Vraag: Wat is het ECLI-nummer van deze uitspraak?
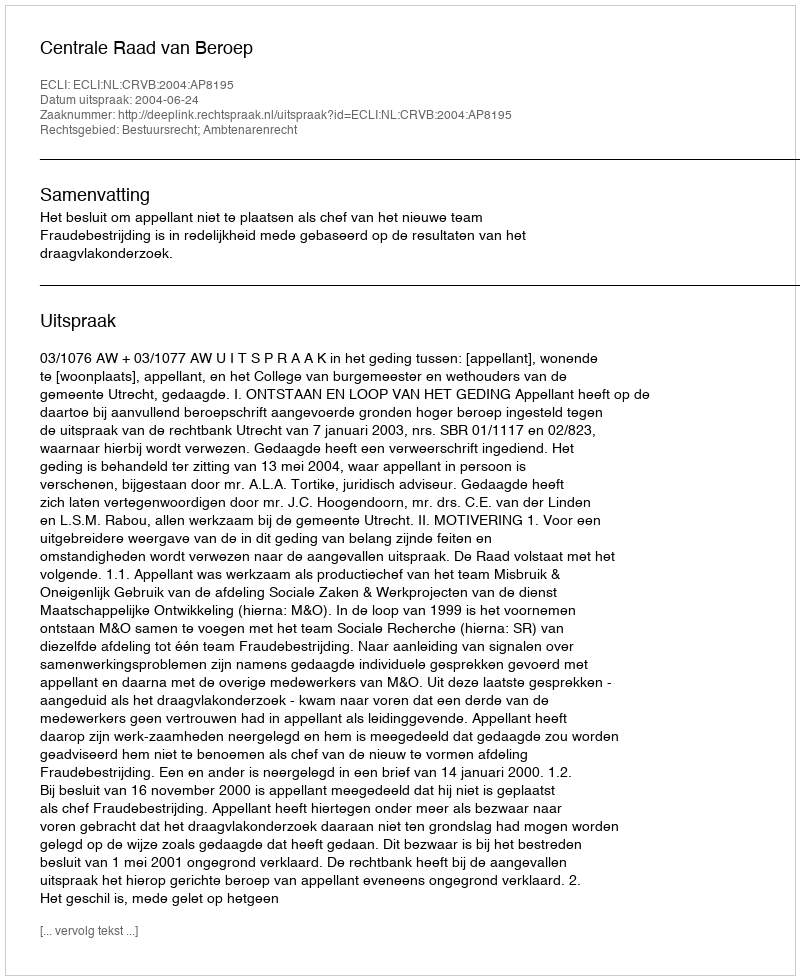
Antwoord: ECLI:NL:CRVB:2004:AP8195